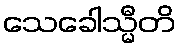
သေခေါသ္မီတိ